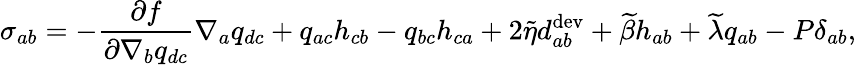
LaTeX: {\sigma}_{ab}=-\frac{\partial f}{\partial\nabla_{b}q_{dc}}\nabla_{a}q_{dc}+q_{ac}h_{cb}-q_{bc}h_{ca}+2\widetilde{\eta}{d}_{ab}^{\mathrm{dev}}+\widetilde{\beta}h_{ab}+\widetilde{\lambda}{q}_{ab}-P\delta_{ab},